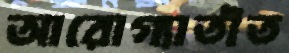
আরোগ্যাতীত